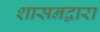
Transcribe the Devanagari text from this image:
शासनद्वारा